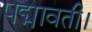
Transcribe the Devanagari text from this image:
पद्मावती।